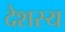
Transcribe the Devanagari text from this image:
देशस्य